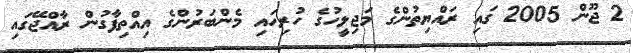
2 ޖޫން 2005 ގައި ރައްޔިތުންގެ މަޖިލީހުގެ ހުރިހައި މެންބަރުންގެ އިއްތިފާގުން ރާއްޖޭގައި